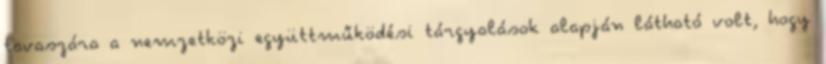
tavaszára a nemzetközi együttműködési tárgyalások alapján látható volt, hogy